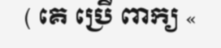
( គេ ប្រើ ពាក្យ «